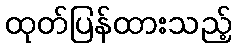
ထုတ်ပြန်ထားသည့်